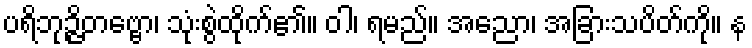
ပရိဘုဉ္ဇိတဗ္ဗော၊ သုံးစွဲထိုက်၏။ ဝါ၊ ရမည်။ အညော၊ အခြားသပိတ်ကို။ န